Problem: 5 × 6 = ?
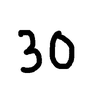
Handwritten answer: 30